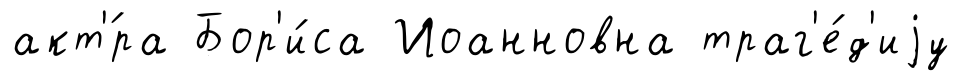
акт'́ра Бор'и́са Иоанновна траг'е́д'иjу